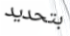
بتحديد